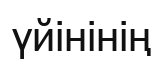
үйінінің